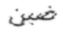
ضبن